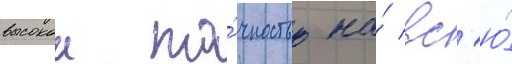
высокои то́чностью на́ вс'ю́